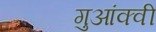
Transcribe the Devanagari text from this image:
गुआंक्वी